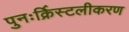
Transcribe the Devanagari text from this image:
पुनःर्क्रिस्टलीकरण